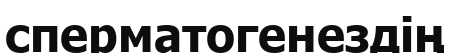
сперматогенездің